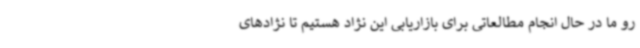
رو ما در حال انجام مطالعاتی برای بازاریابی این نژاد هستیم تا نژادهای